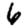
Digit: 6